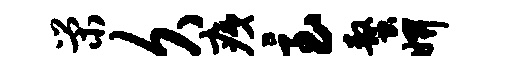
荣久痍急螯妍